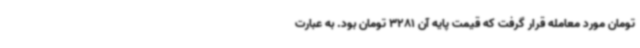
تومان مورد معامله قرار گرفت که قیمت پایه آن 3281 تومان بود. به عبارت